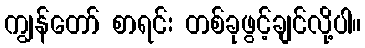
ကျွန်တော် စာရင်း တစ်ခုဖွင့်ချင်လို့ပါ။